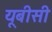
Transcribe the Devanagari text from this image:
यूबीसी